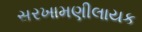
સરખામણીલાયક